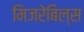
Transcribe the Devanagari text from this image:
मिजरेबिल्स